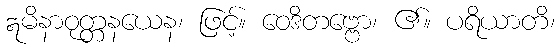
ဣမိနာဝုတ္တနယေန၊ ဖြင့်။ ဝေဒိတဗ္ဗော၊ ၏။ ပရိယာတိ၊